Report on the working of the mental hospitals for Indians in Bihar and Orissa - 1925-1929
Year: 1925
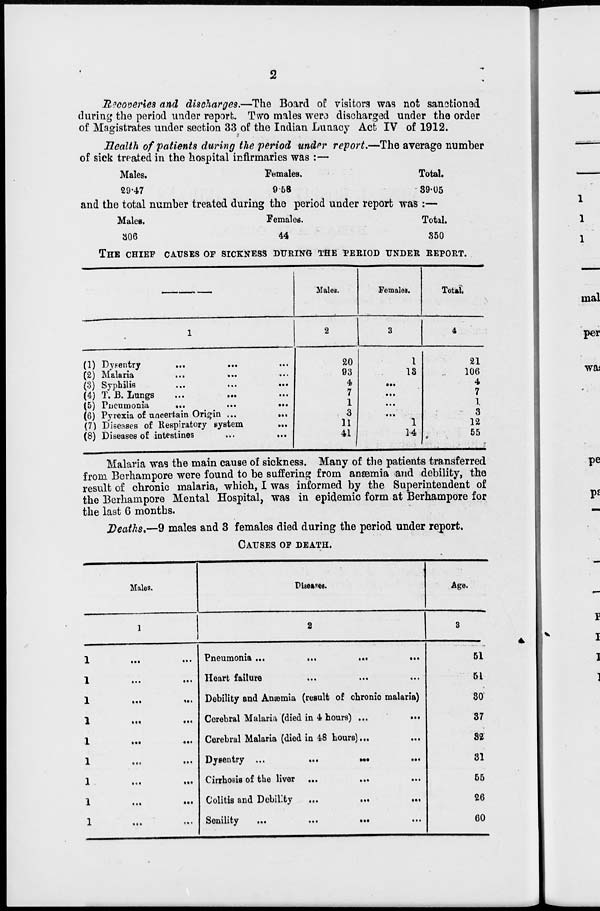
2
Recoveries and discharges.—The Board of visitors was not sanctioned
during the period under report. Two males were discharged under the order
of Magistrates under section 33 of the Indian Lunacy Act IV of 1912.
Health of patients during the period under report.—The average number
of sick treated in the hospital infirmaries was :—
Males.
29.47
Females.
9.58
Total.
39.05
and the total number treated during the period under report was :—
Males.
306
Females.
44
Total,
350
THE CHIEF CAUSES OF SICKNESS DURING THE PERIOD UNDER REPORT.
1
(1) Dysentry ... ... ...
(2) Malaria ... ... ...
(3) Syphilis ... ... ...
(4) T. B. Lungs
...
...
...
(5) Pneumonia
...
...
...
(6) Pyrexia of uncertain Origin ...
...
(7) Diseases of Respiratory system ...
(8) Diseases of intestines
...
...
Males.
2
20
93
4
7
1
3
11
41
Females.
3
1
13
...
...
...
...
1
14
Total.
4
21
106
4
7
1
3
12
55
Malaria was the main cause of sickness. Many of the patients transferred
from Berhampore were found to be suffering from anæmia and debility, the
result of chronic malaria, which, I was informed by the Superintendent of
the Berhampore Mental Hospital, was in epidemic form at Berhampore for
the last 6 months.
Deaths.—9 males and 3 females died during the period under report.
CAUSES OF DEATH.
Males.
1
1
...
...
1
...
...
1
...
...
1
...
...
1
...
...
1
...
...
1
...
...
1
...
...
1
...
...
Diseases.
2
Pneumonia ...
...
...
...
Heart failure ... ... ...
Debility and Anæmia (result of chronic malaria)
Cerebral Malaria (died in 4 hours) ...
...
Cerebral Malaria (died in 48 hours) ... ...
Dysentry ...
...
...
...
Cirrhosis of the liver ...
...
...
Colitis and Debility
...
...
...
Senility
...
...
...
...
Age.
3
51
51
30
37
32
31
55
26
60